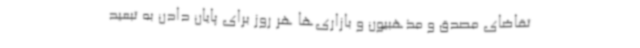
تقاضای مصدق و مذهبیون و بازاری‌ها هر روز برای پایان دادن به تبعید